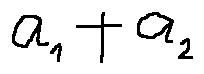
a _ { 1 } + a _ { 2 }